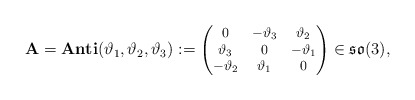
\begin{align*}{\mathbf{A}}=\mathbf{Anti}(\vartheta_1,\vartheta_2,\vartheta_3):=\begin{footnotesize}\begin{pmatrix}0&-\vartheta_3&\vartheta_2\\\vartheta_3&0&-\vartheta_1\\-\vartheta_2&\vartheta_1&0\end{pmatrix}\end{footnotesize}\in \mathfrak{so}(3),\end{align*}